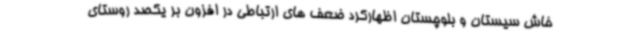
خاش سیستان و بلوچستان اظهارکرد ضعف های ارتباطی در افزون بر یکصد روستای